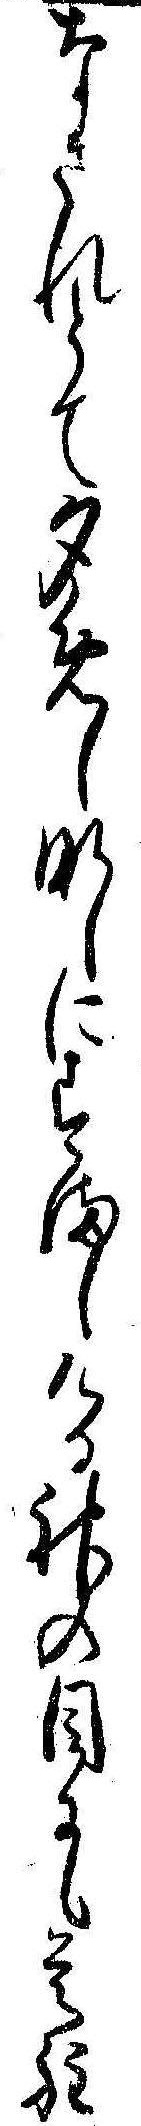
なされとて夕めしなしにすましける神の目にも是程